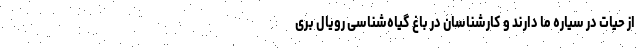
از حیات در سیاره ما دارند و کارشناسان در باغ گیاه‌شناسی رویال بری